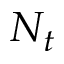
N _ { t }